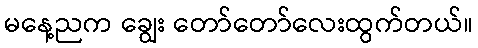
မနေ့ညက ချွေး တော်တော်လေးထွက်တယ်။